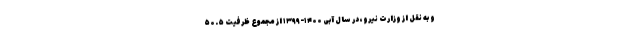
و به نقل از وزارت نیرو، در سال آبی ۱۴۰۰-۱۳۹۹ از مجموع ظرفیت ۵۰.۵